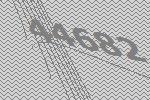
44682